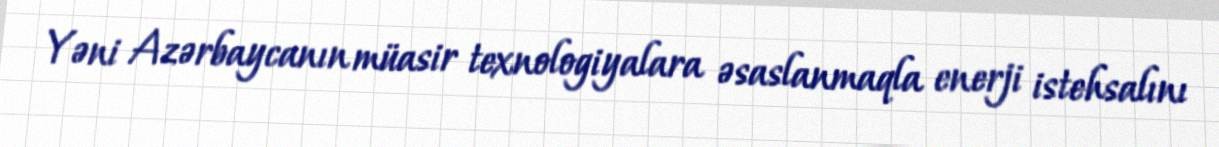
Yəni Azərbaycanın müasir texnologiyalara əsaslanmaqla enerji istehsalını